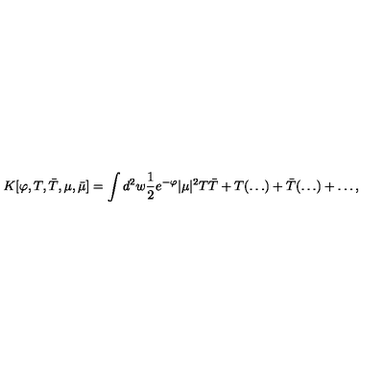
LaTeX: K [ \varphi , T , \bar { T } , \mu , \bar { \mu } ] = \int d ^ { 2 } w { \frac { 1 } { 2 } } e ^ { - \varphi } | \mu | ^ { 2 } T \bar { T } + T ( \ldots ) + \bar { T } ( \ldots ) + \ldots ,